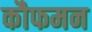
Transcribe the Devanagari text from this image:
कौफमन